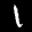
Label: 1